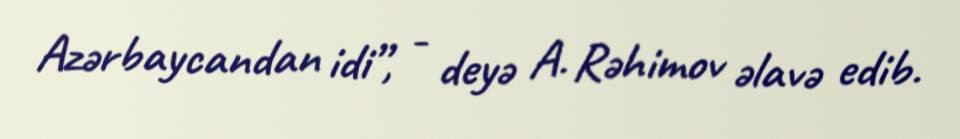
Azərbaycandan idi”, - deyə A. Rəhimov əlavə edib.